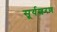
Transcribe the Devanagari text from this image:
सूर्यशरण